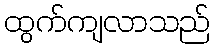
ထွက်ကျလာသည်